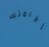
إقامتك